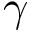
{ \boldsymbol \gamma }